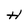
Character: H